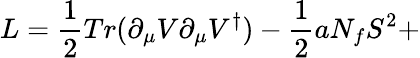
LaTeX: L=\frac{1}{2}Tr(\partial_{\mu}V\partial_{\mu}V^{\dagger})-\frac{1}{2}aN_{f}S^{2}+